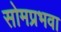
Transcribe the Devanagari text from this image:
सोमप्रभवा